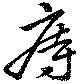
痔